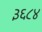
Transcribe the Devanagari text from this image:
३६८४